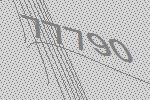
77790